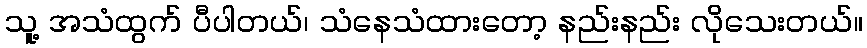
သူ့ အသံထွက် ပီပါတယ်၊ သံနေသံထားတော့ နည်းနည်း လိုသေးတယ်။